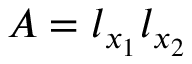
A = l _ { x _ { 1 } } l _ { x _ { 2 } }